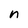
Character: n